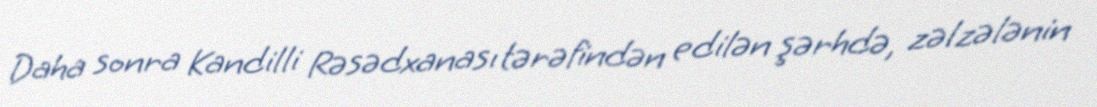
Daha sonra Kandilli Rəsədxanası tərəfindən edilən şərhdə, zəlzələnin